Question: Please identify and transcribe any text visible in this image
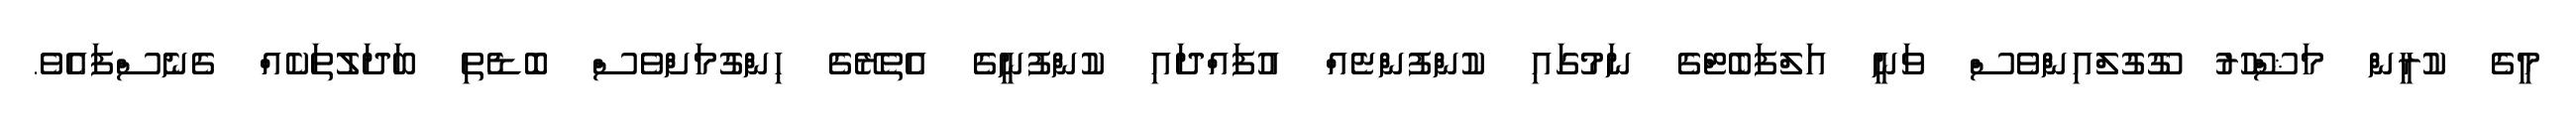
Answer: މީގެ ކުރީން މަޝްހޫރު ގޫގުލްއިންވެސް ވަނީ އަލްފަބެޓްގެ ނަމުގައި ކުންފުންޏެއް އުފައްދައި ކުންފުނީގެ އެތެރޭގެ ހިންގުމަށްވެސް ބޮޑެތި ބަދަލުތަކެއް ގެނެސްފައެވެ.